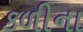
કળીના